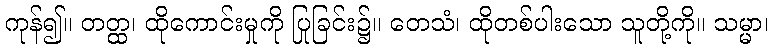
ကုန်၍။ တတ္ထ၊ ထိုကောင်းမှုကို ပြုခြင်း၌။ တေသံ၊ ထိုတစ်ပါးသော သူတို့ကို။ သမ္မာ၊